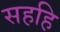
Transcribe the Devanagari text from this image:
सहहि